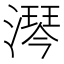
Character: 𣾔